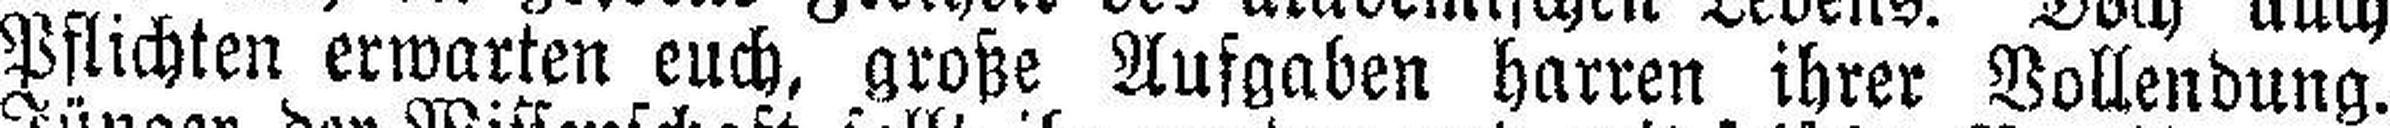
Pflichten erwarten euch, große Aufgaben harren ihrer Vollendung.